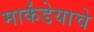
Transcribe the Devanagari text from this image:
मार्कंडेयाचे